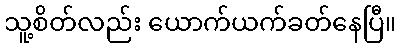
သူ့စိတ်လည်း ယောက်ယက်ခတ်နေပြီ။